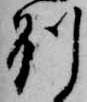
州